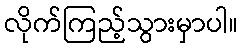
လိုက်ကြည့်သွားမှာပါ။